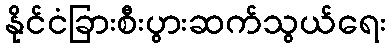
နိုင်ငံခြားစီးပွားဆက်သွယ်ရေး